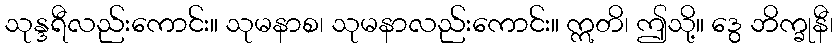
သုန္ဒရီလည်းကောင်း။ သုမနာစ၊ သုမနာလည်းကောင်း။ ဣတိ၊ ဤသို့။ ဒွေ ဘိက္ခုနီ၊